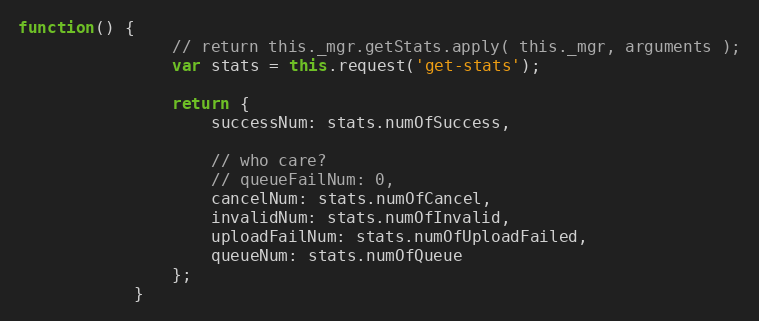
Language: JavaScript
function() {
                // return this._mgr.getStats.apply( this._mgr, arguments );
                var stats = this.request('get-stats');

                return {
                    successNum: stats.numOfSuccess,

                    // who care?
                    // queueFailNum: 0,
                    cancelNum: stats.numOfCancel,
                    invalidNum: stats.numOfInvalid,
                    uploadFailNum: stats.numOfUploadFailed,
                    queueNum: stats.numOfQueue
                };
            }